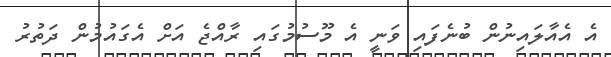
އެ އެއާލައިނުން ބުނެފައި ވަނީ އެ މޫސުމުގައި ރާއްޖެ އަށް އެގައުމުން ދަތުރު